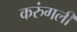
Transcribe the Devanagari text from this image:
करुंगली